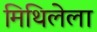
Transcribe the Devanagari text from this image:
मिथिलेला